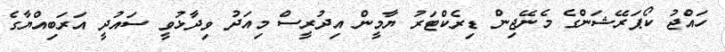
ހައްޖު ކޯޕަރޭޝަންގެ މެނޭޖިން ޑިރެކްޓަރު ޔާމީން އިދުރީސް މިއަދު ވިދާޅުވީ ސައުދީ އަރަބިއްޔާގެ